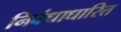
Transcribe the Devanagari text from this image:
निबंधाधारित